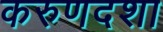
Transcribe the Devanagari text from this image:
करुणदशा